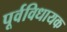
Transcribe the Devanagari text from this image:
पूर्वविधायक